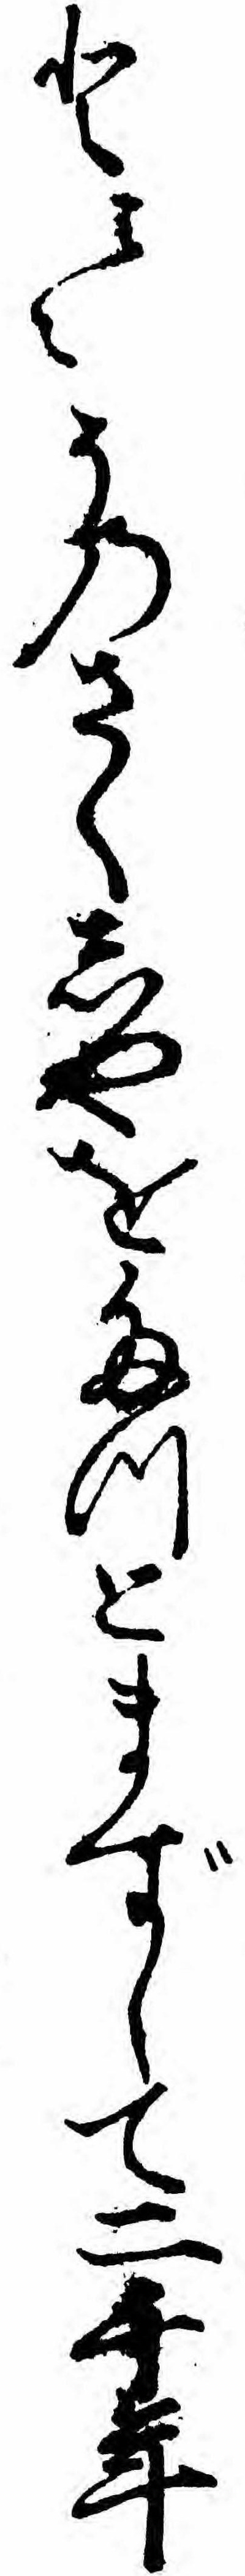
と云々そのさくしやをたつとまずして二千年